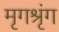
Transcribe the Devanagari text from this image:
मृगश्रृंग